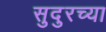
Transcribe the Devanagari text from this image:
सुदुरच्या